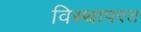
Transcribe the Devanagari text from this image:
विस्थापरत